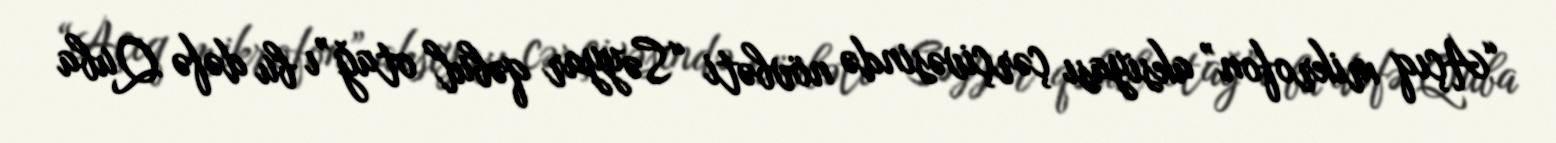
“Açıq mikrofon” aksiyası çərçivəsində növbəti “Səyyar qəbul otağ”ı bu dəfə Quba